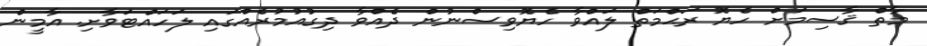
މާތް ޤާސިމަށް ހެޔޮ ރަޙްމަތް ލައްވާ ހެޔޮވިސްނުން ދެއްވާ ދިގުއުމުރެއްގައި ލަހައްޓަވާށި. އާމީން